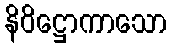
နိဝိဋ္ဌောကာသော